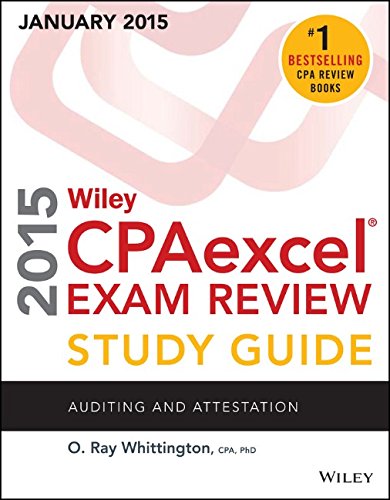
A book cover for Wiley CPAexcel Exam Review 2015 Study Guide (January): Auditing and Attestation (Wiley Cpa Exam Review); O. Ray Whittington; Test Preparation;